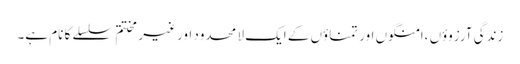
زندگی آرزوؤں ،امنگوں اور تمناؤں کے ایک لا محدود اور غیر مختتم سلسلے کا نام ہے۔